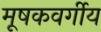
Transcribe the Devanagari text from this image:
मूषकवर्गीय